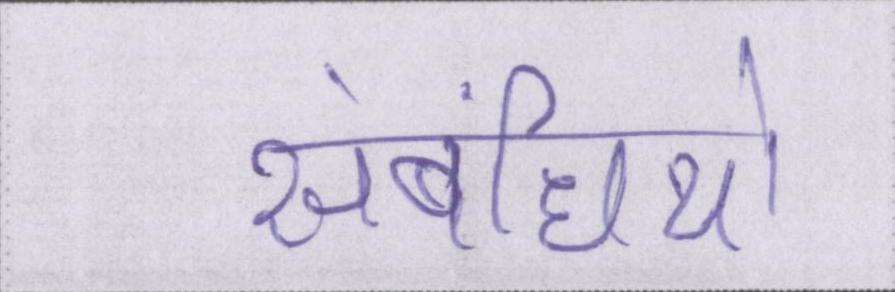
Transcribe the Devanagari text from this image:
संबंधियो